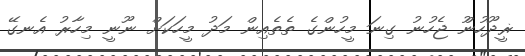
ޜީދޫހުންު ޖެހުނު ގިނަ މީހުންގެ ތެތެއިން މަދު މީހަކަށް ނޫނީ މިހާރު އެނގޭ